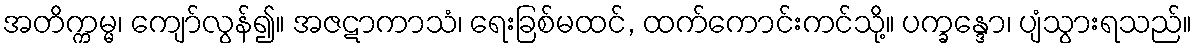
အတိက္ကမ္မ၊ ကျော်လွန်၍။ အဇဋာကာသံ၊ ရေးခြစ်မထင်, ထက်ကောင်းကင်သို့။ ပက္ခန္ဒော၊ ပျံသွားရသည်။